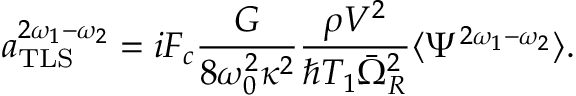
a _ { \mathrm { T L S } } ^ { 2 \omega _ { 1 } - \omega _ { 2 } } = i F _ { c } \frac { G } { 8 \omega _ { 0 } ^ { 2 } \kappa ^ { 2 } } \frac { \rho V ^ { 2 } } { \hbar T _ { 1 } \bar { \Omega } _ { R } ^ { 2 } } \langle \Psi ^ { 2 \omega _ { 1 } - \omega _ { 2 } } \rangle .